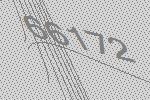
66172